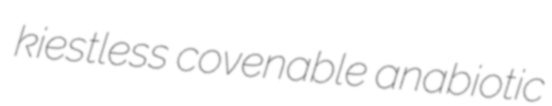
kiestless covenable anabiotic